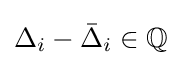
\Delta _{i}-{\bar {\Delta }}_{i}\in \mathbb {Q}